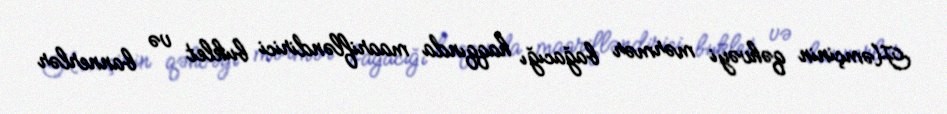
Həmçinin qəhvəyi mərmər bağacığı haqqında maarifləndirici buklet və bannerlər